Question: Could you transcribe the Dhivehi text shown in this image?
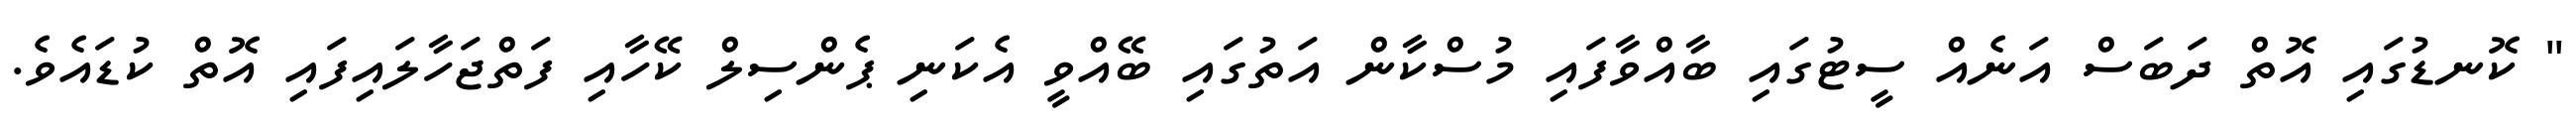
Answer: " ކޮނޑުގައި އޮތް ދަބަސް އަނެއް ސީޓުގައި ބާއްވާފައި މުސްކާން އަތުގައި ބޭއްވީ އެކަނި ޕެންސިލް ކޭހާއި ފަތްޖަހާލައިފައި އޮތް ކުޑައެވެ.